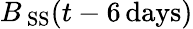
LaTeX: B_{\mathrm{\, SS}}(t-6\mathrm{\, days})